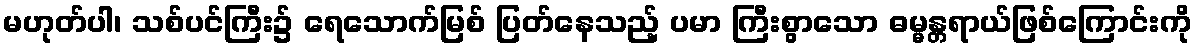
မဟုတ်ပါ၊ သစ်ပင်ကြီး၌ ရေသောက်မြစ် ပြတ်နေသည့် ပမာ ကြီးစွာသော ဓမ္မန္တရာယ်ဖြစ်ကြောင်းကို